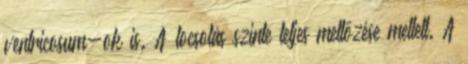
ventricosum-ok is. A locsolás szinte teljes mellőzése mellett. A